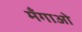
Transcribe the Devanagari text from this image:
मँगाओ